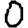
Digit: 0